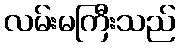
လမ်းမကြီးသည်